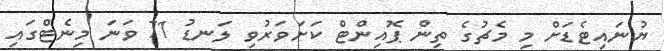
ޔުނައިޓެޑަށް މި މެޗުގެ ތިން ޕޮއިންޓް ކަށަވަރުވި ލަނޑު 71 ވަނަ މިނެޓްގައި